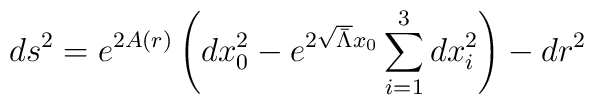
ds^2 = e^{2A(r)}\left( dx_0^2 - e^{2 \sqrt{\bar\Lambda} x_0}        \sum_{i=1}^3 dx_i^2 \right) - dr^2